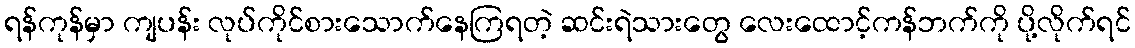
ရန်ကုန်မှာ ကျပန်း လုပ်ကိုင်စားသောက်နေကြရတဲ့ ဆင်းရဲသားတွေ လေးထောင့်ကန်ဘက်ကို ပို့လိုက်ရင်